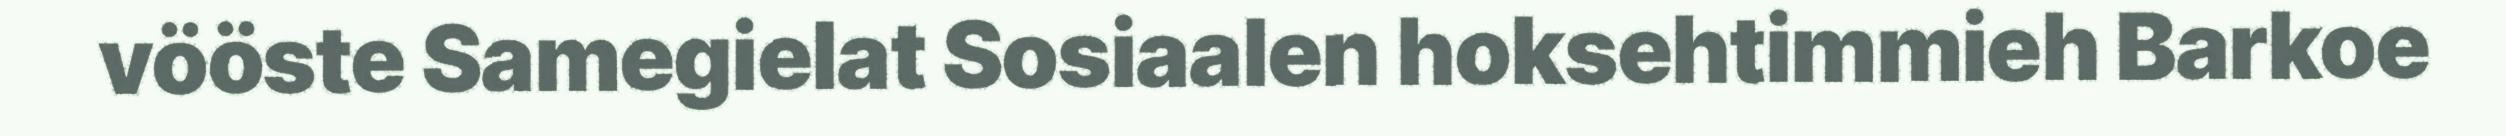
vööste Samegielat Sosiaalen hoksehtimmieh Barkoe